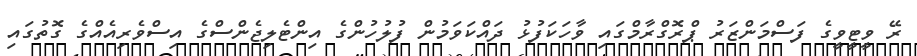
ރޭ ވީޓީވީގެ ފަސްމަންޒަރު ޕްރޮގްރާމްގައި ވާހަކަފުޅު ދައްކަވަމުން ފުލުހުންގެ އިންޓެލިޖެންސްގެ އިސްވެރިއެއްގެ ގޮތުގައި